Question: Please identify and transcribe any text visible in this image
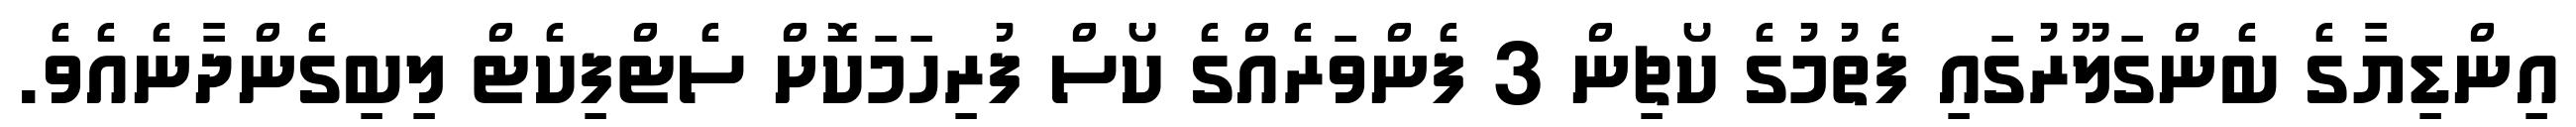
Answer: އިންޑިޔާގެ ބެންގަލޫރުގައި ފެތުމުގެ ކޯޗިން 3 ފެންވަރެއްގެ ކޯސް ފުރިހަމަކޮށް ސެޓްފިކެޓް ލިބިގެންދާނެއެވެ.